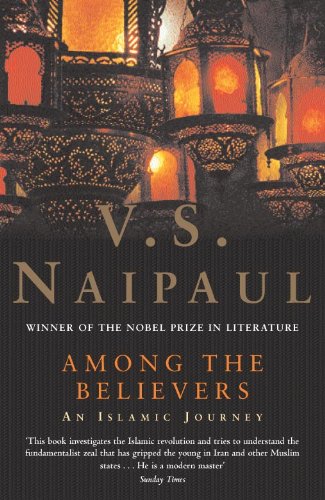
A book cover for Among the Believers: An Islamic Journey; V. S. Naipaul; Travel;